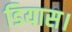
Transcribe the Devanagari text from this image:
डियास।